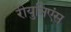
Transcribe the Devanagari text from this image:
रीयुनिएंस